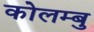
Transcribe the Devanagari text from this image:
कोलम्बु